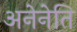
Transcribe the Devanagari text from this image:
अनेनेति